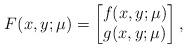
LaTeX: \begin{align*}F(x,y;\mu) = \begin{bmatrix} f(x,y;\mu) \\ g(x,y;\mu) \end{bmatrix},\end{align*}